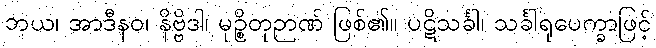
ဘယ၊ အာဒီနဝ၊ နိဗ္ဗိဒါ၊ မုဉ္စိတုဉာဏ် ဖြစ်၏။ ပဋိသင်္ခါ၊ သင်္ခါရုပေက္ခာဖြင့်